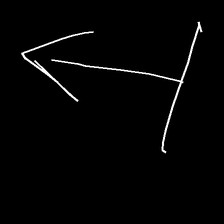
Glyph: levitation